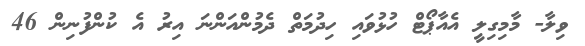
ވިލާ- މާމިގިލީ އެއާޕޯޓް ހުޅުވައި ހިދުމަތް ދެމުންއަންނަ އިރު އެ ކުންފުނިން 46